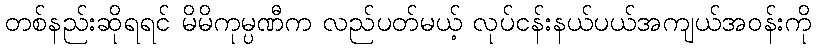
တစ်နည်းဆိုရရင် မိမိကုမ္ပဏီက လည်ပတ်မယ့် လုပ်ငန်းနယ်ပယ်အကျယ်အဝန်းကို